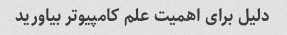
دلیل برای اهمیت علم کامپیوتر بیاورید